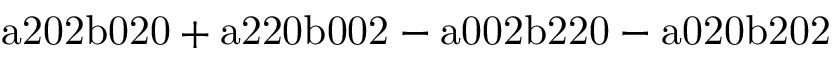
\mathrm { a 2 0 2 b 0 2 0 + a 2 2 0 b 0 0 2 - a 0 0 2 b 2 2 0 - a 0 2 0 b 2 0 2 }